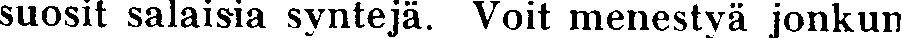
suosit salaisia syntejä. Voit menestyvä jonkun